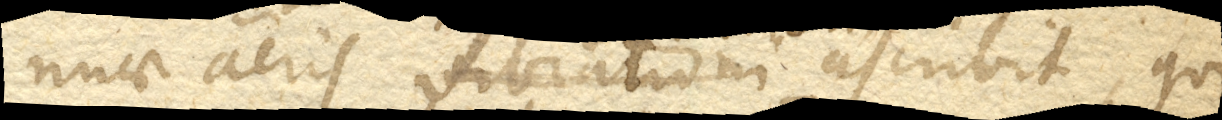
nuae aeris vibrationi ascribit, qui